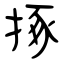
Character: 㧻